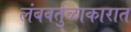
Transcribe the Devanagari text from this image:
लंबवर्तुळाकारात